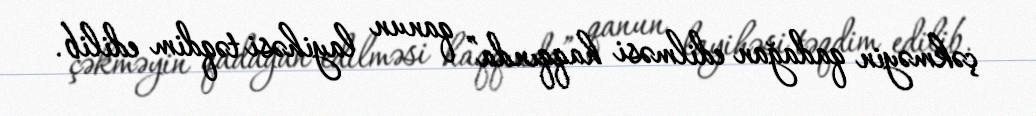
çəkməyin qadağan edilməsi haqqında” qanun layihəsi təqdim edilib.